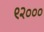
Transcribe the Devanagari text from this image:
९२०००